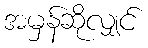
အမှန်ဆိုလျှင်